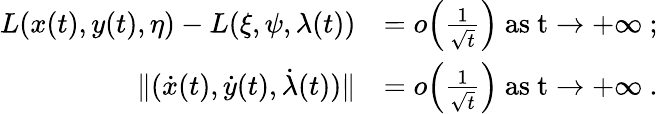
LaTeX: \begin{array}{rl}{L(x(t),y(t),\eta)-L(\xi,\psi,\lambda(t))}&{=o\Big(\frac{1}{\sqrt{t}}\Big)\ \mathrm{as~t\to+\infty~};}\\ {\lVert(\dot{x}(t),\dot{y}(t),\dot{\lambda}(t))\rVert}&{=o\Big(\frac{1}{\sqrt{t}}\Big)\ \mathrm{as~t\to+\infty~}.}\end{array}